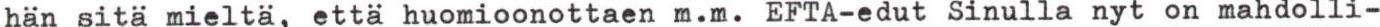
hän sitä mieltä, että huomioonottaen m.m. EFTA-edut Sinulla nyt on mahdolli-